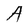
Character: A